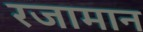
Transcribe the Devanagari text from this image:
रजामान